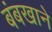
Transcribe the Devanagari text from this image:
बंबखाने